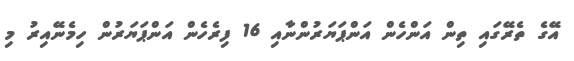
އޭގެ ތެރޭގައި ތިން އަންހެން އަންޕަޔަރުންނާއި 16 ފިރެހެން އަންޕަޔަރުން ހިމެނޭއިރު މި